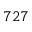
7 2 7